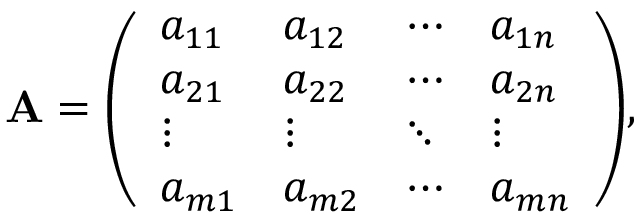
\mathbf { A } = { \left( \begin{array} { l l l l } { a _ { 1 1 } } & { a _ { 1 2 } } & { \cdots } & { a _ { 1 n } } \\ { a _ { 2 1 } } & { a _ { 2 2 } } & { \cdots } & { a _ { 2 n } } \\ { \vdots } & { \vdots } & { \ddots } & { \vdots } \\ { a _ { m 1 } } & { a _ { m 2 } } & { \cdots } & { a _ { m n } } \end{array} \right) } ,